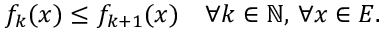
f _ { k } ( x ) \leq f _ { k + 1 } ( x ) \quad \forall k \in \mathbb { N } , \, \forall x \in E .